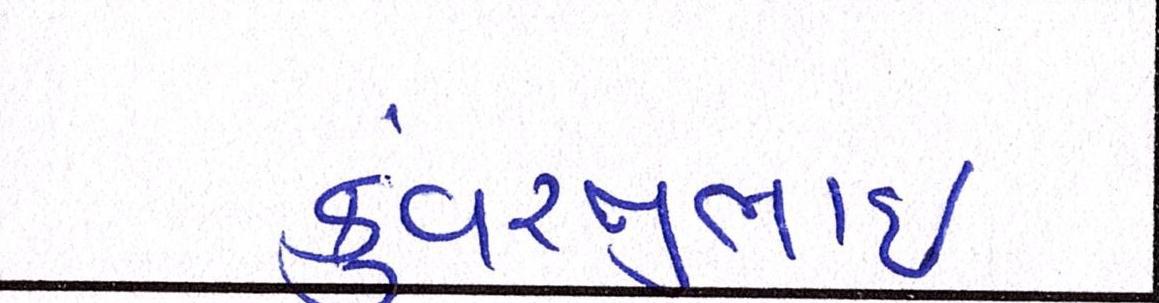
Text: કુંવરજીભાઈ